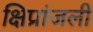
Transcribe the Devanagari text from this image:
क्षिप्रांजली